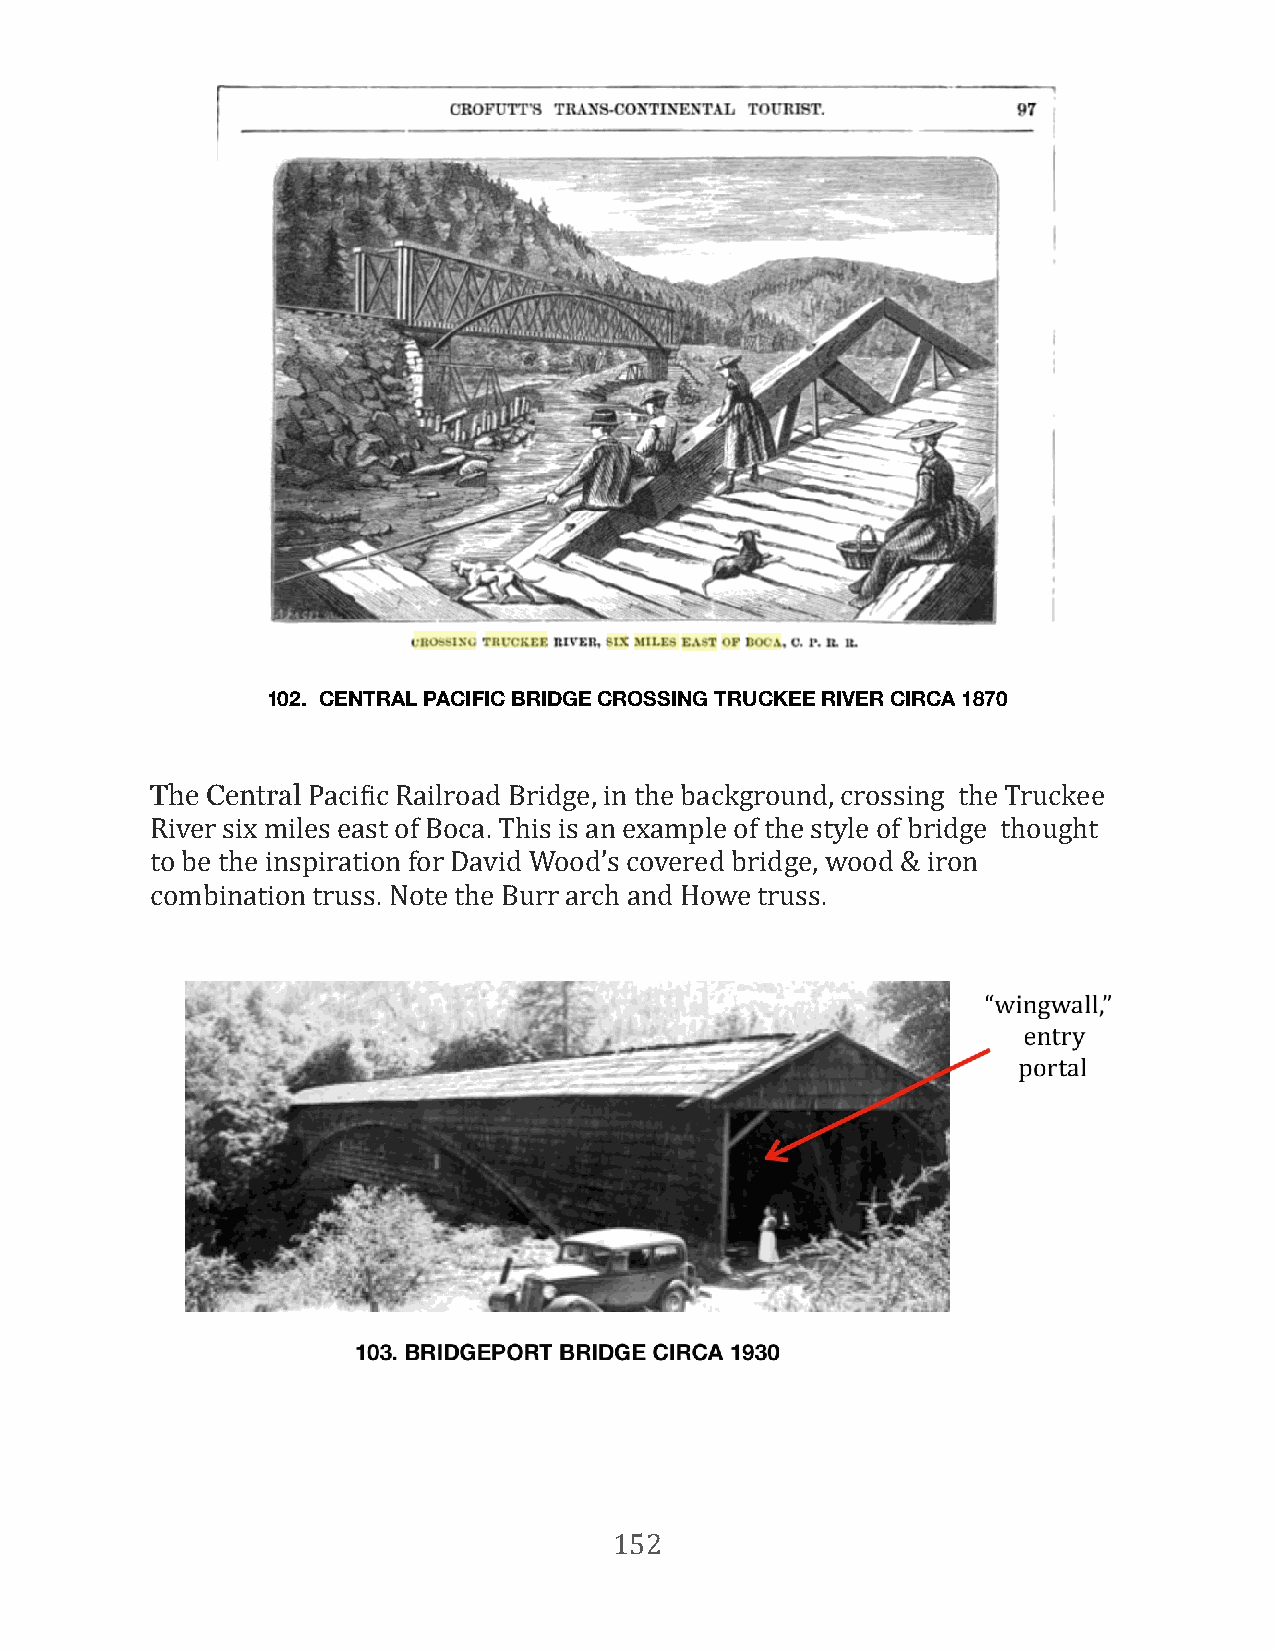
102. CENTRAL PACIFIC BRIDGE CROSSING TRUCKEE RIVER CIRCA 1870
 The Central PaciFic Railroad Bridge, in the background, crossing the Truckee
 River six miles east of Boca. This is an example of the style of bridge thought
 to be the inspiration for David Wood’s covered bridge, wood & iron
 combination truss. Note the Burr arch and Howe truss.
 152